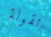
تقولة